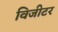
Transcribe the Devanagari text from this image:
विजीटर